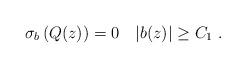
LaTeX: \begin{align*} \sigma_b\left( Q(z)\right)=0 \quad|b(z)|\geq C_1\ .\end{align*}